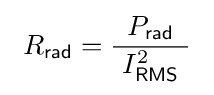
\ R_{\mathsf {rad}}={\frac {P_{\mathsf {rad}}}{\ I_{\mathsf {RMS}}^{2}\ }}~